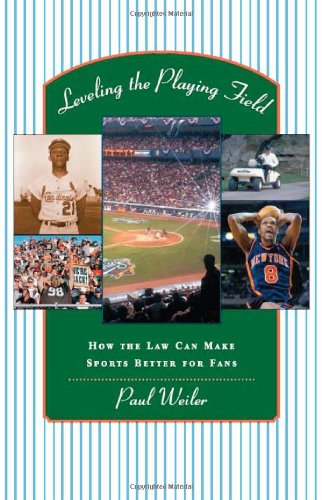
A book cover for Leveling the Playing Field: How the Law Can Make Sports Better for Fans; Paul C. Weiler; Law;